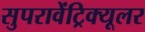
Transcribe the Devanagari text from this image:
सुपरावेंट्रिक्यूलर